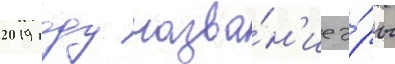
2019 году назва́н'ие э́ры